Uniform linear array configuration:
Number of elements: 64
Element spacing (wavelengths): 0.5
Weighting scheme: uniform
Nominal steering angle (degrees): -45
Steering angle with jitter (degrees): -45.618
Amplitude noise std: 0.05
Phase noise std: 0.05

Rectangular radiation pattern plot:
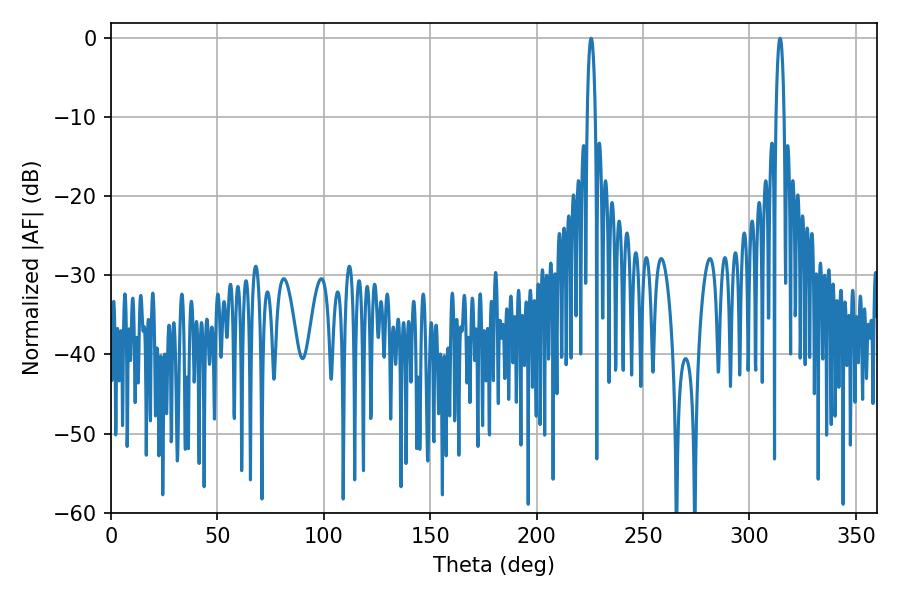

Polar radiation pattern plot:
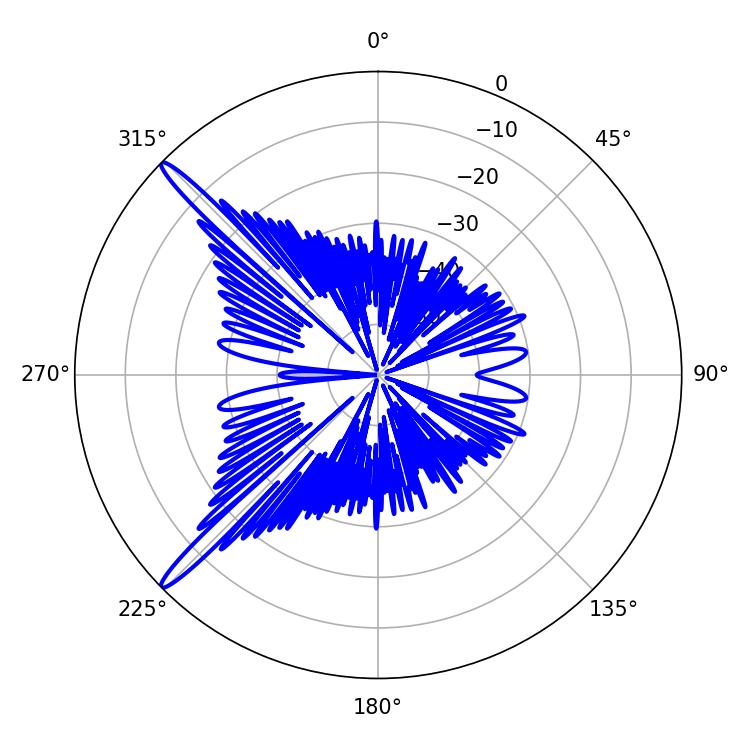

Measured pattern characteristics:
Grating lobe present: FALSE
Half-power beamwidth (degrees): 1.98
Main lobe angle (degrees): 225.54